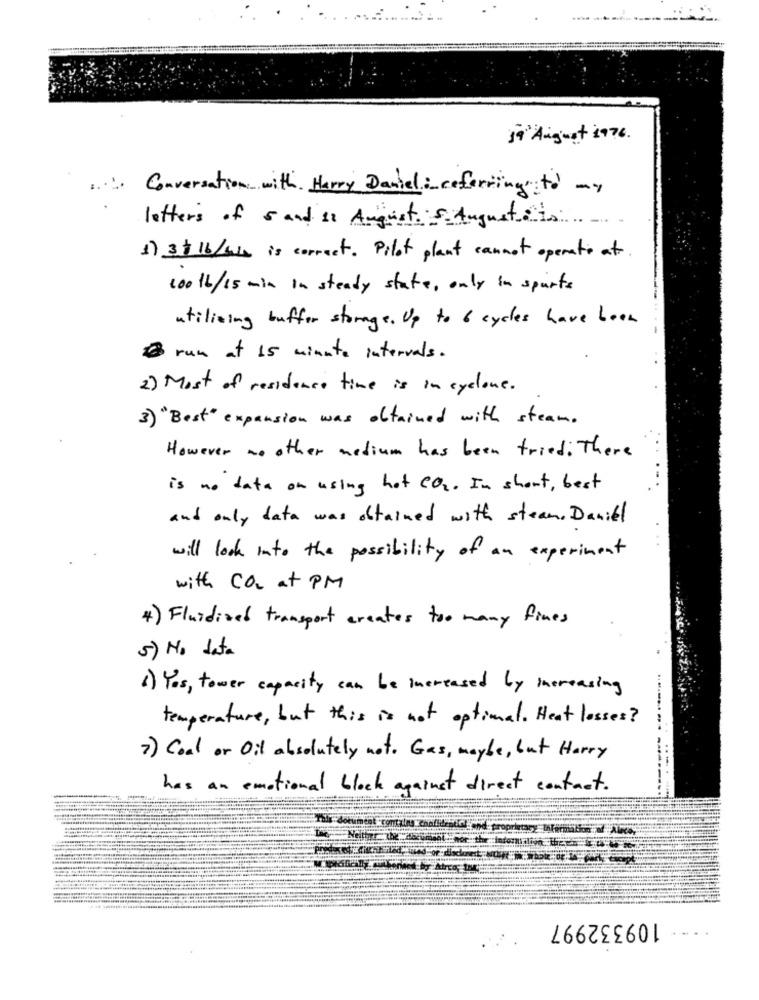
19' August 1976 .
Conversation with Harry Daniel inreferring to my
letters of 5 and is August . S. August is
1) 3$ 16/414 is correct. Pilot plant cannot operato at
100 16/15 min In steady state, only in sports
utilizing buffer storage . Up to 6 cycles have book
@ run at 15 minute intervals.
2) Most of residence time is in cyclone.
3) " Best" expansion was obtained with steam .
However no other medium has been tried. There
is no data on using hot CO2. In short , best
and only data was obtained with steam, Daniel
will look into the possibility of an experiment
with CO at PM
4) Fluidized transport creates too many fines
5) No data
1) Yos, tower capacity can be increased by increasing
temperature, but this is not optimal. Heat losses?
7) Coal or Oil absolutely not. Gas, maybe, but Harry
has an emotional block against direct contact.
at contains confidential
109332997
...